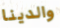
والدينا